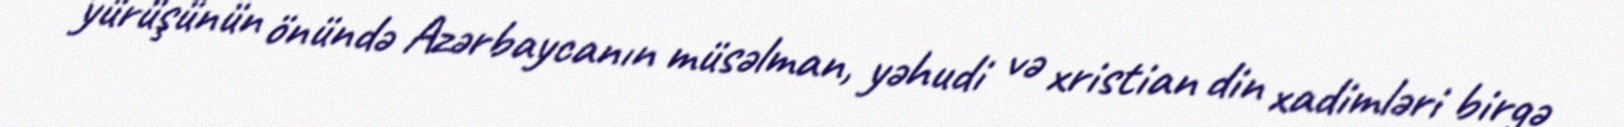
yürüşünün önündə Azərbaycanın müsəlman, yəhudi və xristian din xadimləri birgə